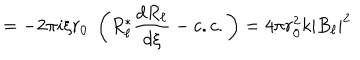
= - 2 \pi i \xi r _ { 0 } \; \left( R _ { \ell } ^ { \ast } { \frac { d R _ { \ell } } { d \xi } } - c . c . \right) = 4 \pi r _ { 0 } ^ { 2 } k | B _ { \ell } | ^ { 2 }